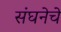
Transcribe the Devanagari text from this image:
संघनेचे